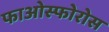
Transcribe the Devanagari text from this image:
फाओस्फोरोस